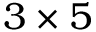
3 \times 5